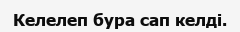
Келелеп бура сап келді.